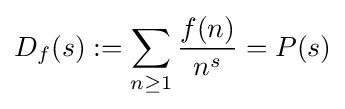
D_{f}(s):=\sum _{n\geq 1}{\frac {f(n)}{n^{s}}}=P(s)